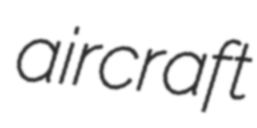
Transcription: aircraft